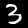
Digit: 3